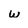
Character: w